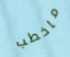
ماخطب